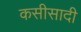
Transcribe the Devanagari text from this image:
कसीसादी